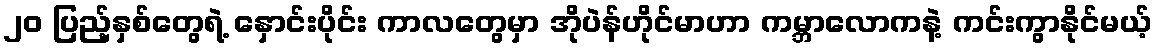
၂၀ ပြည့်နှစ်တွေရဲ့ နှောင်းပိုင်း ကာလတွေမှာ အိုပဲန်ဟိုင်မာဟာ ကမ္ဘာလောကနဲ့ ကင်းကွာနိုင်မယ့်